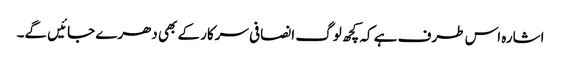
اشارہ اس طرف ہے کہ کچھ لوگ انصافی سرکار کے بھی دھرے جائیں گے۔